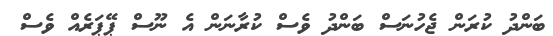
ބަންދު ކުރަން ޖެހުނަސް ބަންދު ވެސް ކުރާނަން އެ ނޫސް ޕޭޕަރެއް ވެސް